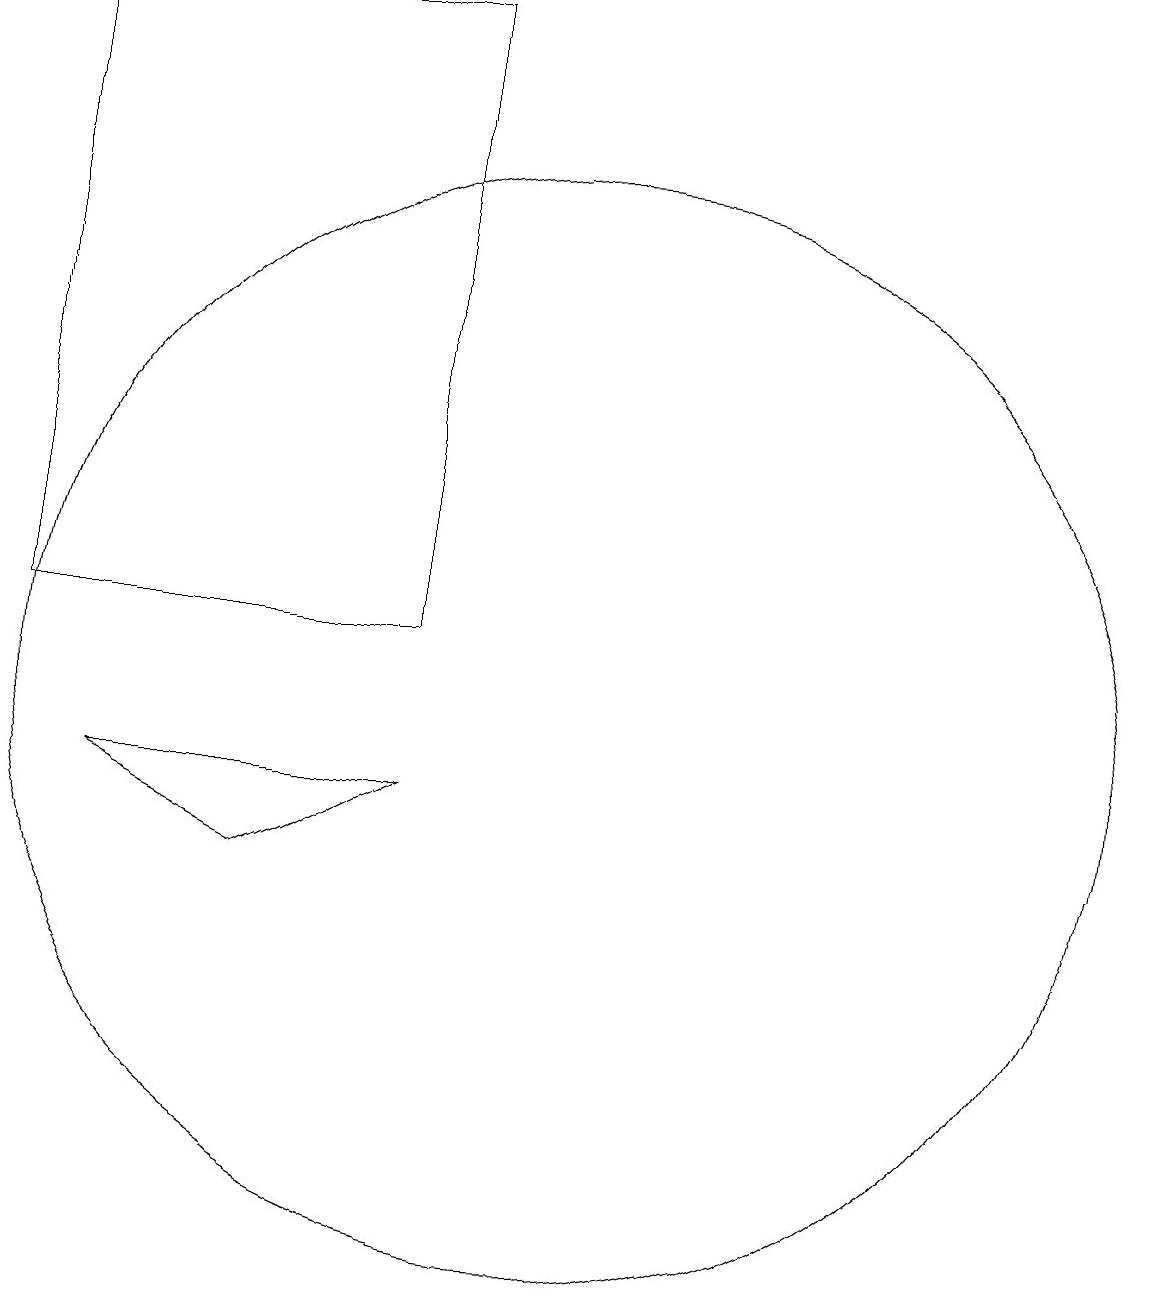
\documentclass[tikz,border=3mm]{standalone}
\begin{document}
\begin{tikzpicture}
\draw (7,8) -- (5,9) -- (9,9) -- cycle;
\draw (11,10) circle (7);
\draw (4,19) rectangle (9,11);
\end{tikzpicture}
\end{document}